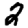
Digit: 2